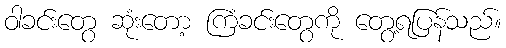
ဝါခင်းတွေ ဆုံးတော့ ကြံခင်းတွေကို တွေ့ရပြန်သည်။